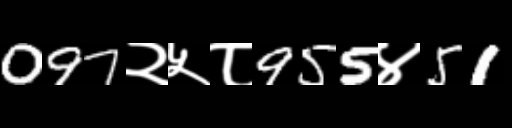
Text: 097२५८955४51